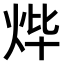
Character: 𤇹